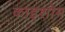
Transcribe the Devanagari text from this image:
काइशोम